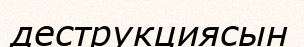
деструкциясын